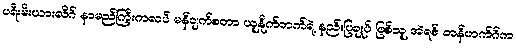
ပရီးမီးယားလိဂ် နာမည်ကြီးကလပ် မန်ချက်စတာ ယူနိုက်တက်ရဲ့ နည်းပြချုပ် ဖြစ်သူ အဲရစ် တန်ဟက်ဂ်က